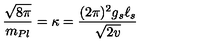
{ \frac { \sqrt { 8 \pi } } { m _ { P l } } } = \kappa = { \frac { ( 2 \pi ) ^ { 2 } g _ { s } \ell _ { s } } { \sqrt { 2 v } } }